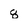
Character: g